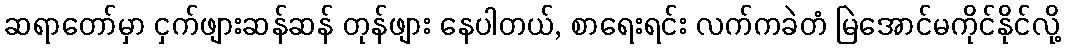
ဆရာတော်မှာ ငှက်ဖျားဆန်ဆန် တုန်ဖျား နေပါတယ်, စာရေးရင်း လက်ကခဲတံ မြဲအောင်မကိုင်နိုင်လို့